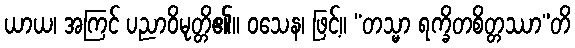
ယာယ၊ အကြင် ပညာဝိမုတ္တိ၏။ ဝသေန၊ ဖြင့်။ “တသ္မာ ရက္ခိတစိတ္တဿာ”တိ